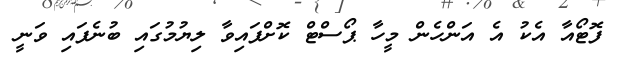
ފޮޓޯއާ އެކު އެ އަންހެން މީހާ ޕޯސްޓް ކޮށްފައިވާ ލިޔުމުގައި ބުނެފައި ވަނީ